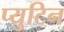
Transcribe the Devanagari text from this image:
प्युटिन